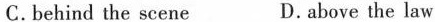
C. behind'the scene D. above the law